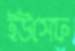
ইউসেফ